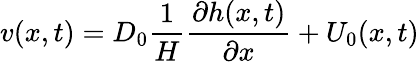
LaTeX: v(x,t)=D_{0}\frac{1}{H}\frac{\partial h(x,t)}{\partial x}+U_{0}(x,t)